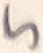
Text: 5